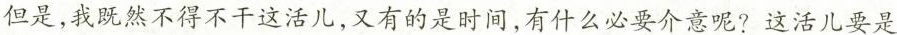
但是，我既然不得不干这活儿，又有的是时间，有什么必要介意呢?这活儿要是